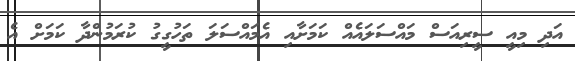
އަދި މިއީ ސީރިއަސް މައްސަލައެއް ކަމަށާއި އެމައްސަލަ ތަހުގީގު ކުރަމުންދާ ކަމަށް އެ